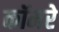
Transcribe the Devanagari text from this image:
कॉमरे